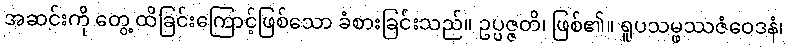
အဆင်းကို တွေ့ ထိခြင်းကြောင့်ဖြစ်သော ခံစားခြင်းသည်။ ဥပ္ပဇ္ဇတိ၊ ဖြစ်၏။ ရူပသမ္ဖဿဇံဝေဒနံ၊